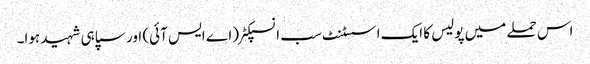
اس حملے میں پولیس کا ایک اسسٹنٹ سب انسپکٹر (اے ایس آئی) اور سپاہی شہید ہوا۔